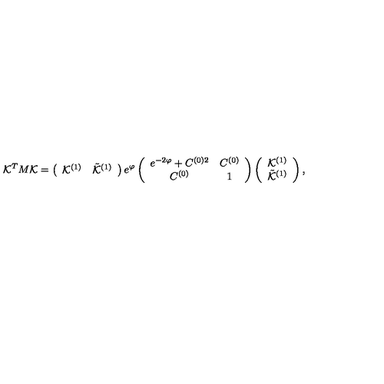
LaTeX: { \cal K } ^ { T } M { \cal K } = \left( \begin{array} { c c } { { \cal K } ^ { ( 1 ) } } & { { \tilde { \cal K } } ^ { ( 1 ) } } \\ \end{array} \right) e ^ { \varphi } \left( \begin{array} { c c } { e ^ { - 2 \varphi } + C ^ { ( 0 ) 2 } } & { C ^ { ( 0 ) } } \\ { C ^ { ( 0 ) } } & { 1 } \\ \end{array} \right) \left( \begin{array} { c } { { \cal K } ^ { ( 1 ) } } \\ { { \tilde { \cal K } } ^ { ( 1 ) } } \\ \end{array} \right) ,